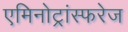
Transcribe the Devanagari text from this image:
एमिनोट्रांस्फरेज